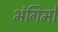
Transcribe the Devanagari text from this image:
भंगिमों